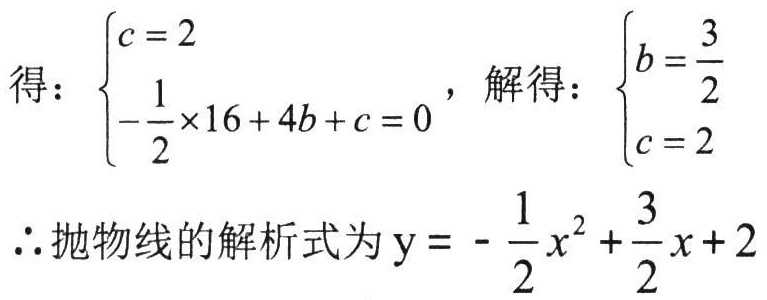
得：\(\begin{cases}c = 2 \\ -\frac{1}{2}\times16 + 4b + c = 0\end{cases}\)，解得：\(\begin{cases}b = \frac{3}{2} \\ c = 2\end{cases}\)
\(\therefore\)抛物线的解析式为\(y = -\frac{1}{2}x^{2}+\frac{3}{2}x + 2\)